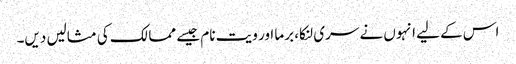
اس کے لیے انہوں نے سری لنکا، برما اور ویت نام جیسے ممالک کی مثالیں دیں۔